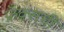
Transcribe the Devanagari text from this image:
फ्रँक्सची